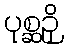
ပုစ္ဆဉှိ